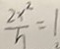
\frac { 2 x ^ { 2 } } { h } = 1